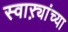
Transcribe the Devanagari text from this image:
स्वाऱ्यांच्या